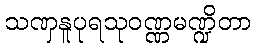
သဏှနူပုရသုဝဏ္ဏမဏ္ဍိတာ